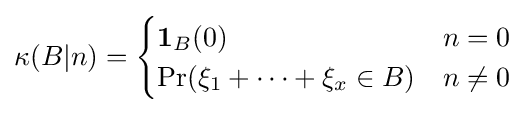
\kappa (B|n)={\begin{cases}\mathbf {1} _{B}(0)&n=0\\\Pr(\xi _{1}+\cdots +\xi _{x}\in B)&n\neq 0\\\end{cases}}